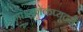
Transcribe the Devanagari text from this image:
माइक्रोकंप्यूटरों